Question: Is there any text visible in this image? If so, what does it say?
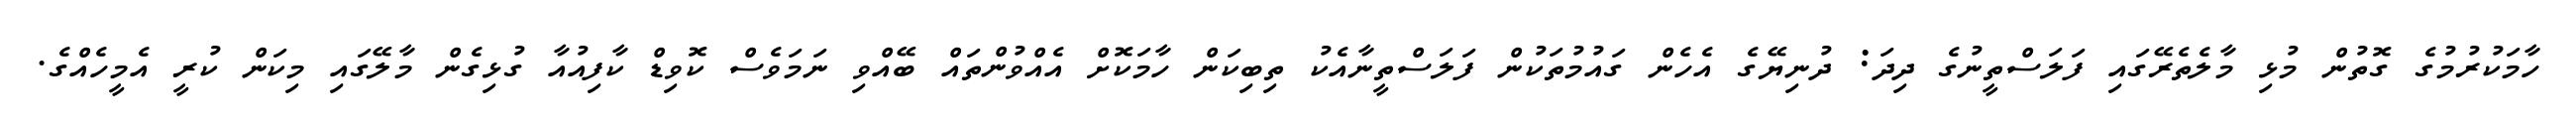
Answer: ހާމަކުރުމުގެ ގޮތުން މުޅި މާލެތެރޭގައި ފަލަސްތީނުގެ ދިދަ: ދުނިޔޭގެ އެހެން ގައުމުތަކުން ފަލަސްތީނާއެކު ތިބިކަން ހާމަކޮށް އެއްވުންތައް ބޭއްވި ނަމަވެސް ކޮވިޑް ކާފިއުއާ ގުޅިގެން މާލޭގައި މިކަން ކުރީ އެމީހެއްގެ.